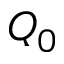
Q _ { 0 }